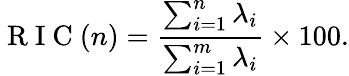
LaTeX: \mathrm{~R~I~C~}(n)=\frac{\sum_{i=1}^{n}\lambda_{i}}{\sum_{i=1}^{m}\lambda_{i}}\times 100.